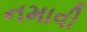
નમાવી